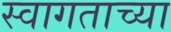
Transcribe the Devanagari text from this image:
स्वागताच्या